Medical and sanitary report of the native army of Bengal for the year
Year: 1877
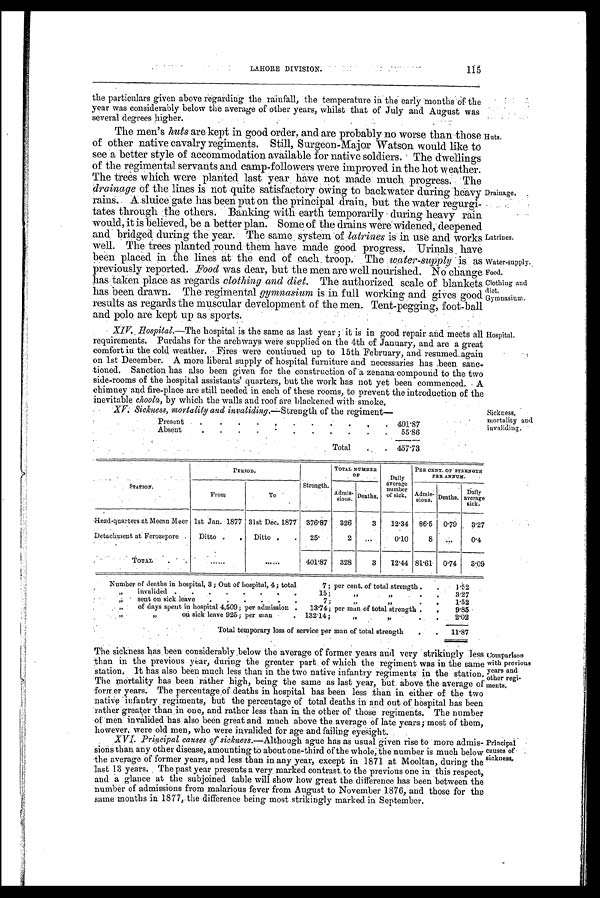
Huts.
Drainage.
LAHORE DIVISION.
115
the particulars given above regarding the rainfall, the temperature in the early months of the
year was considerably below the average of other years, whilst that of July and August was
several degrees higher.
The men's huts are kept in good order, and are probably no worse than those
of other native cavalry regiments. Still, Surgeon-Major Watson would like to
see a better style of accommodation available for native soldiers. The dwellings
of the regimental servants and camp-followers were improved in the hot weather.
The trees which were planted last year have not made much progress. The
drainage of the lines is not quite satisfactory owing to backwater during heavy
rains. A sluice gate has been put on the principal drain, but the water regurgi-
tates through the others. Banking with earth temporarily during heavy rain
would, it is believed, be a better plan. Some of the drains were widened; deepened
and bridged during the year. The same system of latrines is in use and Works
well. The trees planted round them have made good progress. Urinals have
been placed in the lines at the end of each troop. The water-supply
i s a s
previously reported. F ood was dear, but the men are well nourished. No change
has taken place as regards clothing and diet. The authorized scale of blankets
has been drawn. The regimental gymnasium is in full working and gives goo d
results as regards the muscular development of the men. Tent-pegging, foot-ball
and polo are kept up as sports.
XIV. Hospital.—The ;
e hospital is the same as last year; it is in good repair and meets all
requirements. Purdahs for the archways were supplied on the 4th of January, and are a grea
comfort in the cold weather. Fires were continued up to 15th February, and resume
a g a i n o n 1 s t D e c e m b e r .
A m o r e l i b e r a l s u p p l y o f h o s p i t a l f u r n i t u r e a n d n e c e s s a r i e s h a s b e e n s a n c -
tioned. Sanction has also been given for the construction of a zenana compound to the two
side-rooms of the hospital assistants quarters but the work has not yet been commenced. A
chimney and fire-place are still needed in each of these rooms, to prevent the introduction of the
inevitable choola, by which the walls and roof are blackened with smoke.
XV. Sickness; mortality and invaliding.—Strength of the regiment—
Present
.
.
.
.
.
.
.
.
.
.
. 401.87
Absent
.
.
.
.
.
.
. . .
.
.
55.86
Total
. . 457.73
Latrines.
Water-supply.
Sickness,
mortality and
invaliding.
Food.
Clothing and
diet.
Gymnasium.
Hospital.
STATION.
PERIOD,
Strength.
TOTAL NUMBER
O F
Daily
average
number
of sick.
PER CENT. OF STRENGTH
PER ANNUM.
From
To
Admis-
sions.
Death s.
Admis-
sions. Deaths.
D a i l y
average
s i c k .
Head-quarters at Meean Meer let Jan. 1877 31st Dec. 1877 376.87
326
3
12.34
86.5
0.79
3.27
Detachment at Ferozepore
Ditto
Ditto
25.
2
. . . 0.10
8
.
0.4
TOTAL
......
. . . . . .
401.87
328
3
12.44 81.61 0.74
3.09
Number of deaths in hospital, 3 ; Out of hospital, 4; total
7 ; per cent. of total strength .
1.52
" invalided
.
.
.
.
.
.
.
15;
" „
.
. 3.27
" sent on sick leave
.
.
.
. . .
.
.
7;
" "
.
. 1.52
" of days spent in hospital 4,509; per admission . 13.74; per man of total strength .
9.85
"
"
on sick leave 925; per man
. 132.14;
" "
•
. 2.02
Total temporary loss of service per man of total strength
.
.
11.87
The sickness has been considerably .below the average of former years and very strikingly less
than in the previous year, during the greater part of which the regiment was in the same
station. It has also been much less than in the two native infantry regiments in the station.
The mortality has been rather high, being the same as last year, but above the average of
former years. The percentage of deaths in hospital has been less than in either of the two
native infantry regiments, but the percentage of total deaths in and out of hospital has been
rather greater than in one, and rather less than in the other of those. regiments. The number
of men invalided -has also been great and much above the average of late years ; most of them,
however, were old men, who were invalided for age and failing eyesight.
XVI. Principal causes of sickness.— Although ague has as usual given rise to more admis-
sions than any other disease, amounting to about one-third of the whole, the number is much below
the average of former years, and less than in any year, except in 1871 at Mooltan, during the
last 13 years. The past year presents a very marked contrast to the previous one in this respect,
and a glance at the subjoined table will show how great the difference has been between the
number of admissions from malarious fever from August to November 1876, and those for the
same mouths in 1877, the difference being most strikingly marked in September.
Comparison
with previous
years and
other regi-
ments,
Principal
causes of
sickness.